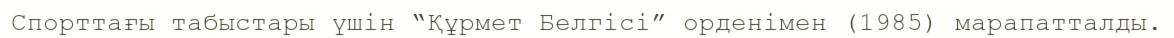
Спорттағы табыстары үшін “Құрмет Белгісі” орденімен (1985) марапатталды.